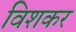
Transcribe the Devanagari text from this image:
विशकर